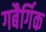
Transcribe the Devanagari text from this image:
गबैर्गिक